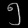
Digit: ၅